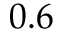
0 . 6